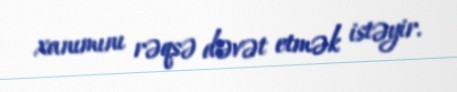
xanımını rəqsə dəvət etmək istəyir.